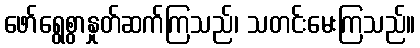
ဖော်ရွေစွာနှုတ်ဆက်ကြသည်၊ သတင်းမေးကြသည်။